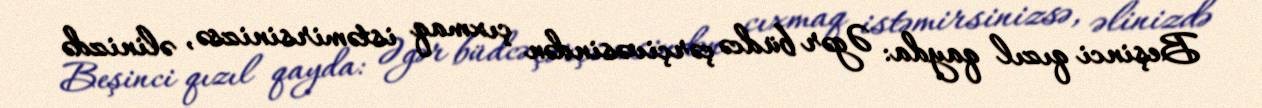
Beşinci qızıl qayda: Əgər büdcə çərçivəsindən çıxmaq istəmirsinizsə, əlinizdə